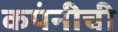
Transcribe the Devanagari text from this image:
कपंनीची